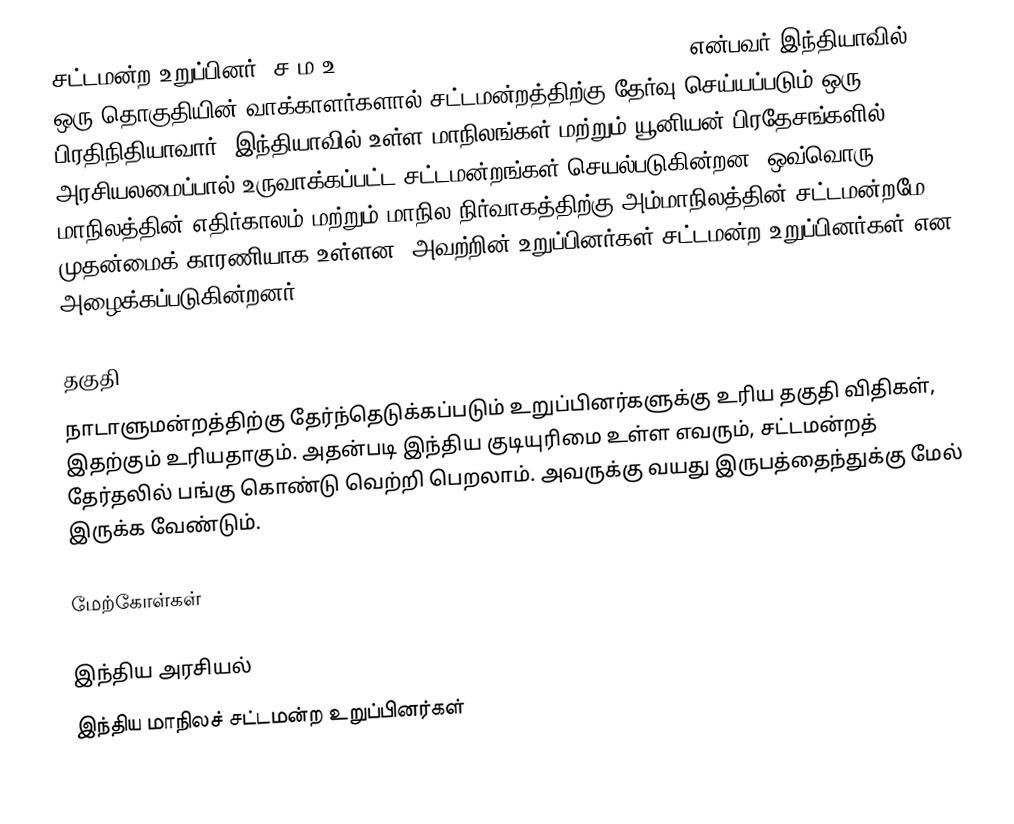
சட்டமன்ற உறுப்பினர் (ச.ம.உ) (Member of Legislative Assembly = MLA) என்பவர் இந்தியாவில் ஒரு தொகுதியின் வாக்காளர்களால் சட்டமன்றத்திற்கு தேர்வு செய்யப்படும் ஒரு பிரதிநிதியாவார். இந்தியாவில் உள்ள மாநிலங்கள் மற்றும் யூனியன் பிரதேசங்களில் அரசியலமைப்பால் உருவாக்கப்பட்ட சட்டமன்றங்கள் செயல்படுகின்றன. ஒவ்வொரு மாநிலத்தின் எதிர்காலம் மற்றும் மாநில நிர்வாகத்திற்கு அம்மாநிலத்தின் சட்டமன்றமே முதன்மைக் காரணியாக உள்ளன. அவற்றின் உறுப்பினர்கள் சட்டமன்ற உறுப்பினர்கள் என அழைக்கப்படுகின்றனர்.

தகுதி
நாடாளுமன்றத்திற்கு தேர்ந்தெடுக்கப்படும் உறுப்பினர்களுக்கு உரிய தகுதி விதிகள், இதற்கும் உரியதாகும். அதன்படி இந்திய குடியுரிமை உள்ள எவரும், சட்டமன்றத் தேர்தலில் பங்கு கொண்டு வெற்றி பெறலாம். அவருக்கு வயது இருபத்தைந்துக்கு மேல் இருக்க வேண்டும்.

மேற்கோள்கள்

இந்திய அரசியல்
இந்திய மாநிலச் சட்டமன்ற உறுப்பினர்கள்